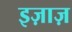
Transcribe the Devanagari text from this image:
इज़ाज़